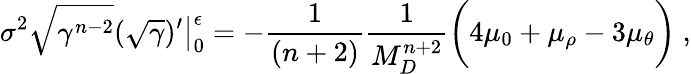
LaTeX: \sigma^{2}\sqrt{\gamma^{n-2}}(\sqrt{\gamma})^{\prime}\big|_{0}^{\epsilon}=-\frac{1}{(n+2)}\frac{1}{M_{D}^{n+2}}\bigg(4\mu_{0}+\mu_{\rho}-3\mu_{\theta}\bigg)~,